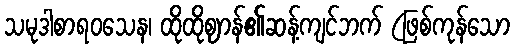
သမုဒါစာရဝသေန၊ ထိုထိုဈာန်၏ဆန့်ကျင်ဘက် (ဖြစ်ကုန်သော